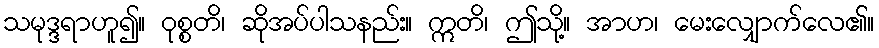
သမုဒ္ဒရာဟူ၍။ ဝုစ္စတိ၊ ဆိုအပ်ပါသနည်း။ ဣတိ၊ ဤသို့။ အာဟ၊ မေးလျှောက်လေ၏။